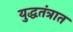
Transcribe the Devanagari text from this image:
युद्धतंत्रात